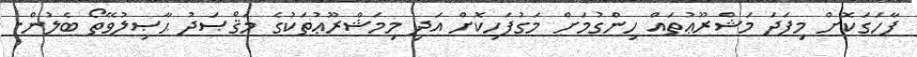
ފާހަގަކޮށް މިފަދަ މަޝްރޫޢުތައް ހިންގުމަށް މަގުފަހިކޮށް އަދި މިމަޝްރޫޢުތަކުގެ މަޤްޞަދު ޙާޞިލުވޭތޯ ބެލުން.